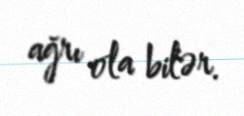
ağrı ola bilər.